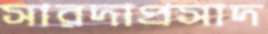
সারদাপ্রসাদ